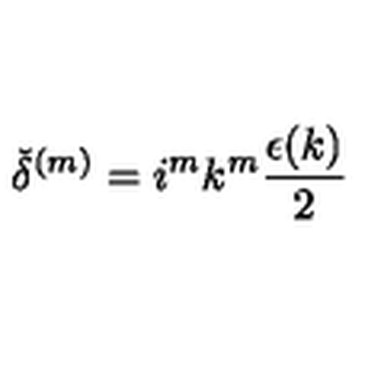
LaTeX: { \check { \delta } } ^ { ( m ) } = i ^ { m } k ^ { m } \frac { \epsilon ( k ) } { 2 }